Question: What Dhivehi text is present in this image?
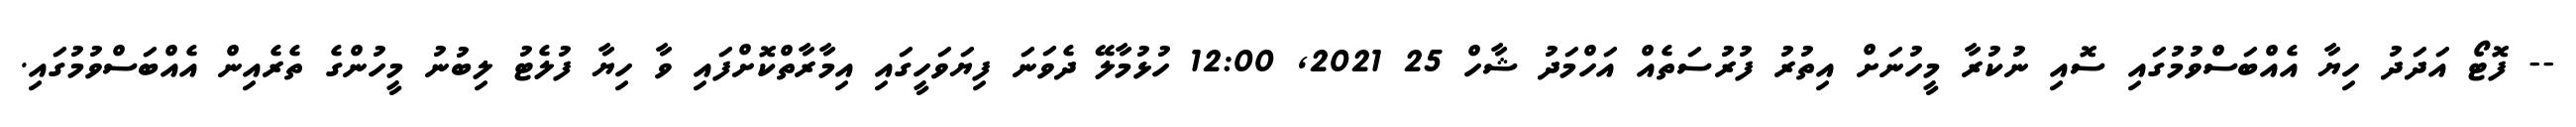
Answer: -- ފޮޓޯ އަދަދު ހިޔާ އެއްބަސްވުމުގައި ސޮއި ނުކުރާ މީހުނަށް އިތުރު ފުރުސަތެއް އަހްމަދު ޝާހް 25 2021, 12:00 ހުޅުމާލޭ ދެވަނަ ފިޔަވަހީގައި އިމާރާތްކޮށްފައި ވާ ހިޔާ ފުލެޓު ލިބުނު މީހުންގެ ތެރެއިން އެއްބަސްވުމުގައި.